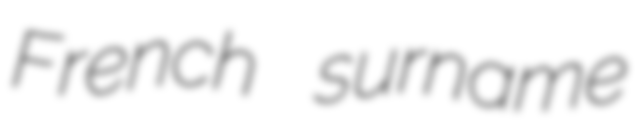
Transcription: French surname